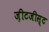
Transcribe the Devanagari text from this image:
ज़ीटजीस्ट